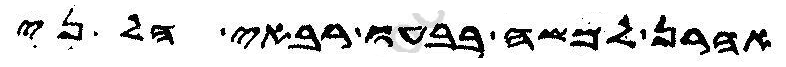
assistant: אהרן למשה בבעו רבאי הל ני